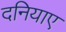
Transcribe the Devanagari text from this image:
दनियाए